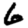
Digit: 6